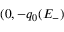
( 0 , - q _ { 0 } ( E _ { - } )